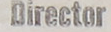
Director